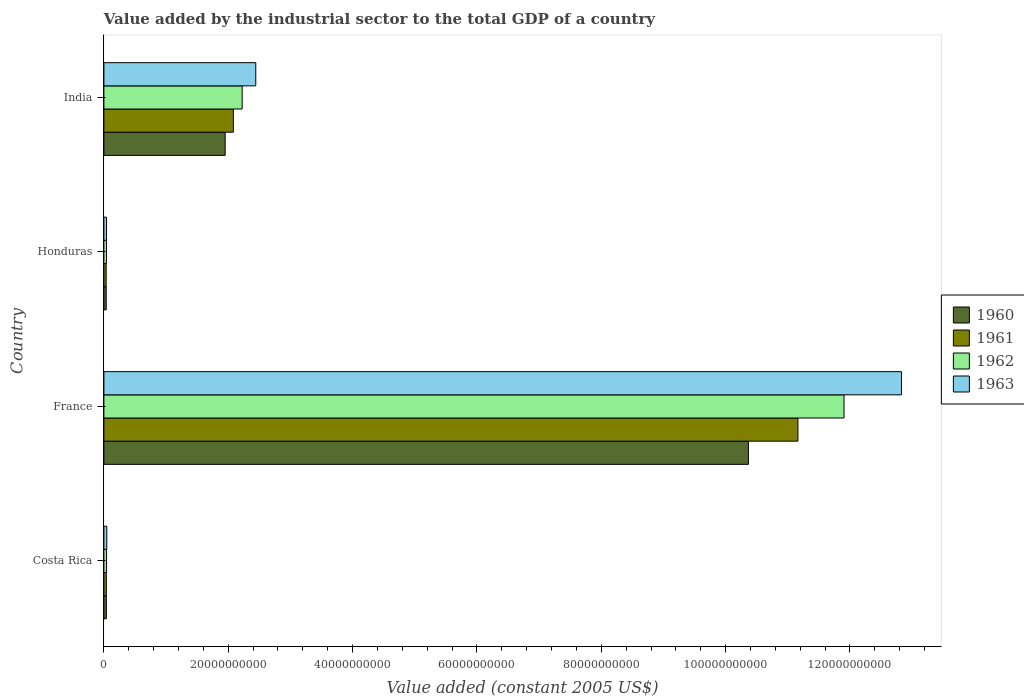
| Country | 1960 | 1961 | 1962 | 1963 |
 | --- | --- | --- | --- | --- |
 | Costa Rica | 3.98e+08 | 3.94e+08 | 4.27e+08 | 4.68e+08 |
 | France | 1.04e+11 | 1.12e+11 | 1.19e+11 | 1.28e+11 |
 | Honduras | 3.75e+08 | 3.66e+08 | 4.16e+08 | 4.23e+08 |
 | India | 1.95e+10 | 2.08e+10 | 2.22e+10 | 2.44e+10 |